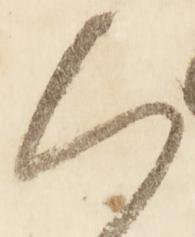
ハ